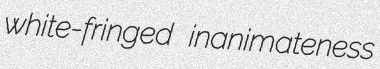
white-fringed inanimateness